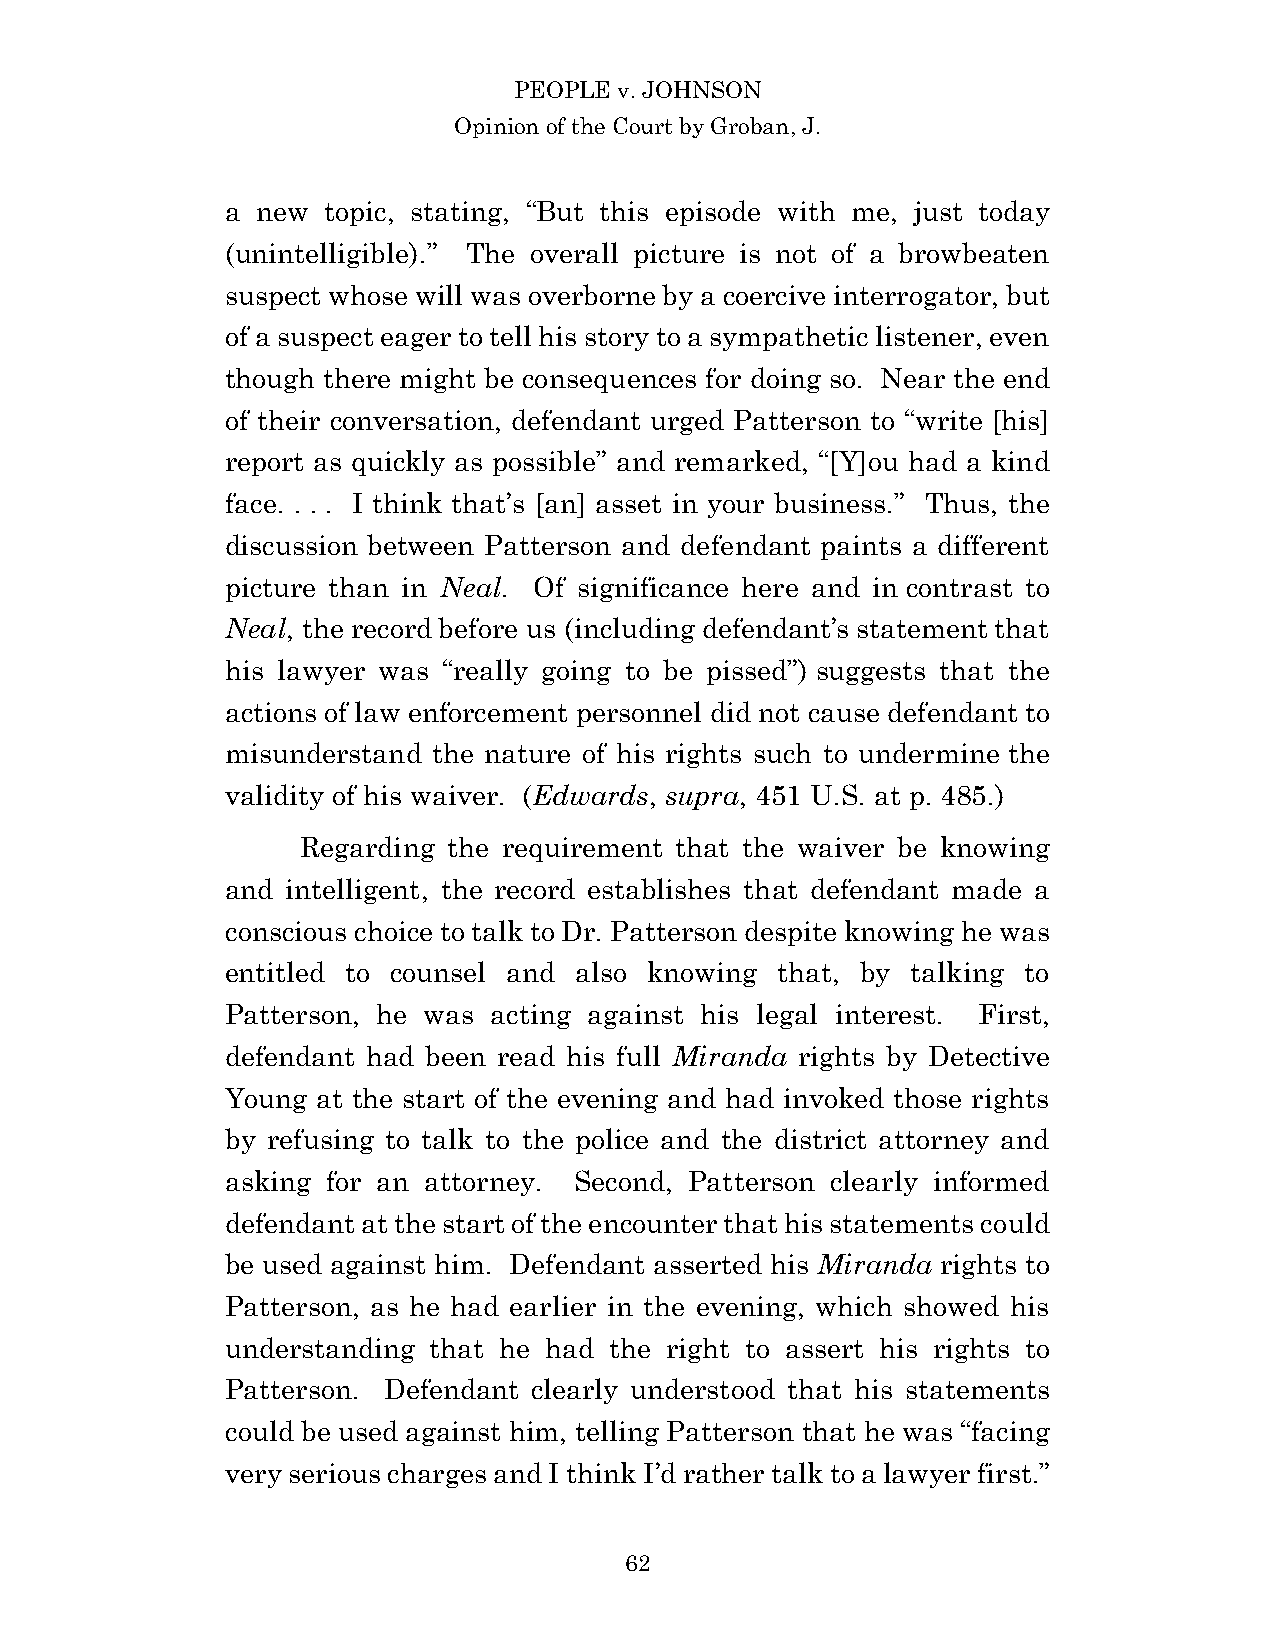
PEOPLE v. JOHNSON
 Opinion of the Court by Groban, J.
 a new topic, stating, “But this episode with me, just today
 (unintelligible).” The overall picture is not of a browbeaten
 suspect whose will was overborne by a coercive interrogator, but
 of a suspect eager to tell his story to a sympathetic listener, even
 though there might be consequences for doing so. Near the end
 of their conversation, defendant urged Patterson to “write [his]
 report as quickly as possible” and remarked, “[Y]ou had a kind
 face. . . . I think that’s [an] asset in your business.” Thus, the
 discussion between Patterson and defendant paints a different
 picture than in Neal. Of significance here and in contrast to
 Neal, the record before us (including defendant’s statement that
 his lawyer was “really going to be pissed”) suggests that the
 actions of law enforcement personnel did not cause defendant to
 misunderstand the nature of his rights such to undermine the
 validity of his waiver. (Edwards, supra, 451 U.S. at p. 485.)
 Regarding the requirement that the waiver be knowing
 and intelligent, the record establishes that defendant made a
 conscious choice to talk to Dr. Patterson despite knowing he was
 entitled to counsel and also knowing that, by talking to
 Patterson, he was acting against his legal interest. First,
 defendant had been read his full Miranda rights by Detective
 Young at the start of the evening and had invoked those rights
 by refusing to talk to the police and the district attorney and
 asking for an attorney. Second, Patterson clearly informed
 defendant at the start of the encounter that his statements could
 be used against him. Defendant asserted his Miranda rights to
 Patterson, as he had earlier in the evening, which showed his
 understanding that he had the right to assert his rights to
 Patterson. Defendant clearly understood that his statements
 could be used against him, telling Patterson that he was “facing
 very serious charges and I think I’d rather talk to a lawyer first.”
 6 2